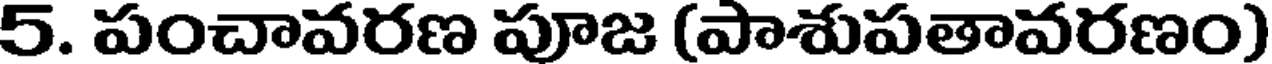
5. పంచావరణ పూజ (పాశుపతావరణం)